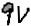
Text: 9V